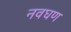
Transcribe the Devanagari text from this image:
नवघण